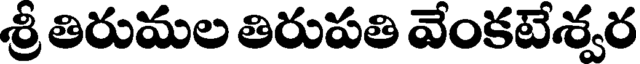
శ్రీ తిరుమల తిరుపతి వేంకటేశ్వర